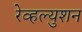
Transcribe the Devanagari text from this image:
रेव्हल्युशन